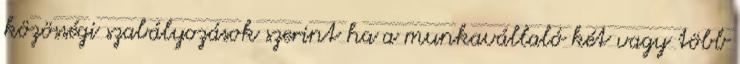
közösségi szabályozások szerint ha a munkavállaló két vagy több